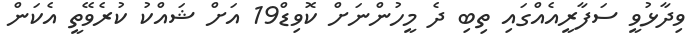
ވިދާޅުވީ ސަފާރީއެއްގައި ތިބި ދެ މީހުންނަށް ކޮވިޑް19 އަށް ޝައްކު ކުރެވޭތީ އެކަން